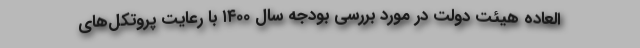
‌العاده هیئت دولت در مورد بررسی بودجه سال ۱۴۰۰ با رعایت پروتکل‌های